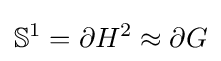
\mathbb {S} ^{1}=\partial H^{2}\approx \partial G